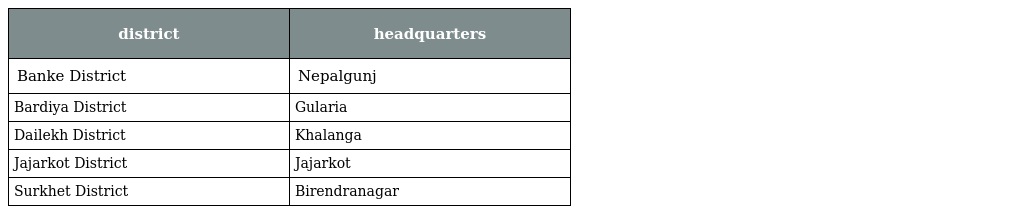
| district | headquarters |
 | --- | --- |
 | Banke District | Nepalgunj |
 | Bardiya District | Gularia |
 | Dailekh District | Khalanga |
 | Jajarkot District | Jajarkot |
 | Surkhet District | Birendranagar |